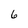
Character: 6